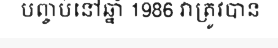
បញ្ចប់នៅឆ្នាំ 1986 វាត្រូវបាន